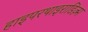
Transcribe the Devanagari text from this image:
हाइपरथाइराडिज़्म